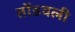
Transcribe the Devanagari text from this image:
तोंडवली